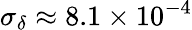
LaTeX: \sigma_{\delta}\approx 8.1\times 10^{-4}